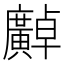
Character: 𫸍